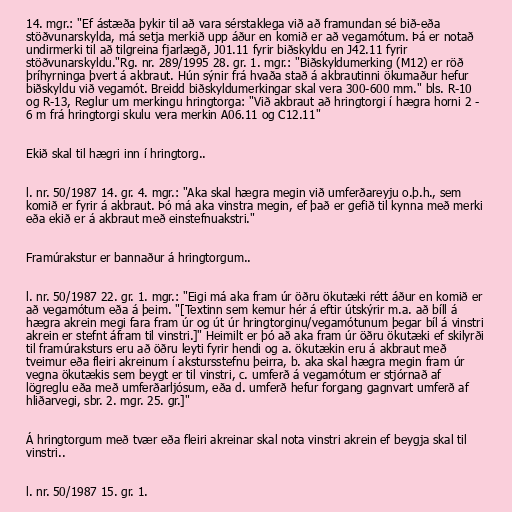
14. mgr.: "Ef ástæða þykir til að vara sérstaklega við að framundan sé bið-eða
stöðvunarskylda, má setja merkið upp áður en komið er að vegamótum. Þá er notað
undirmerki til að tilgreina fjarlægð, J01.11 fyrir biðskyldu en J42.11 fyrir
stöðvunarskyldu."Rg. nr. 289/1995 28. gr. 1. mgr.: "Biðskyldumerking (M12) er röð
þríhyrninga þvert á akbraut. Hún sýnir frá hvaða stað á akbrautinni ökumaður hefur
biðskyldu við vegamót. Breidd biðskyldumerkingar skal vera 300-600 mm." bls. R-10
og R-13, Reglur um merkingu hringtorga: "Við akbraut að hringtorgi í hægra horni 2 -
6 m frá hringtorgi skulu vera merkin A06.11 og C12.11"

Ekið skal til hægri inn í hringtorg..

l. nr. 50/1987 14. gr. 4. mgr.: "Aka skal hægra megin við umferðareyju o.þ.h., sem
komið er fyrir á akbraut. Þó má aka vinstra megin, ef það er gefið til kynna með merki
eða ekið er á akbraut með einstefnuakstri."

Framúrakstur er bannaður á hringtorgum..

l. nr. 50/1987 22. gr. 1. mgr.: "Eigi má aka fram úr öðru ökutæki rétt áður en komið er
að vegamótum eða á þeim. "[Textinn sem kemur hér á eftir útskýrir m.a. að bíll á
hægra akrein megi fara fram úr og út úr hringtorginu/vegamótunum þegar bíl á vinstri
akrein er stefnt áfram til vinstri.]" Heimilt er þó að aka fram úr öðru ökutæki ef skilyrði
til framúraksturs eru að öðru leyti fyrir hendi og a. ökutækin eru á akbraut með
tveimur eða fleiri akreinum í akstursstefnu þeirra, b. aka skal hægra megin fram úr
vegna ökutækis sem beygt er til vinstri, c. umferð á vegamótum er stjórnað af
lögreglu eða með umferðarljósum, eða d. umferð hefur forgang gagnvart umferð af
hliðarvegi, sbr. 2. mgr. 25. gr.]"

Á hringtorgum með tvær eða fleiri akreinar skal nota vinstri akrein ef beygja skal til
vinstri..

l. nr. 50/1987 15. gr. 1.